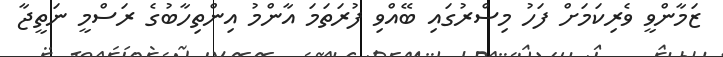
ޒަމާންވީ ވެރިކަމަށް ފަހު މިސްރުގައި ބޭއްވި ފުރަތަމަ އާންމު އިންތިހާބުގެ ރަސްމީ ނަތީޖާ